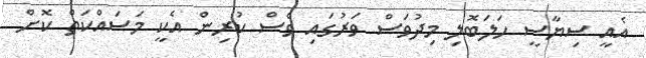
އެއީ ސިޔާސީ ހަލަބޮލި މިދުވަސް ވަރުގައި ވެސް ކުރިން އެކީ މަސައްކަތް ކޮށް